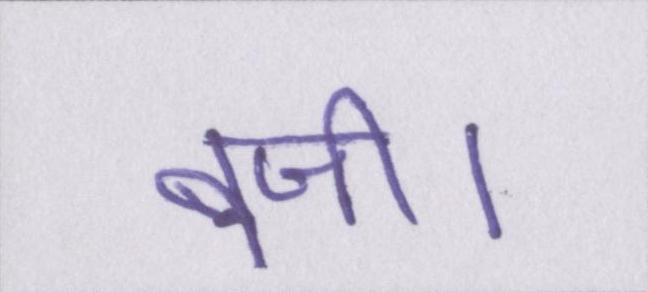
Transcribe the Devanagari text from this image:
बजी।